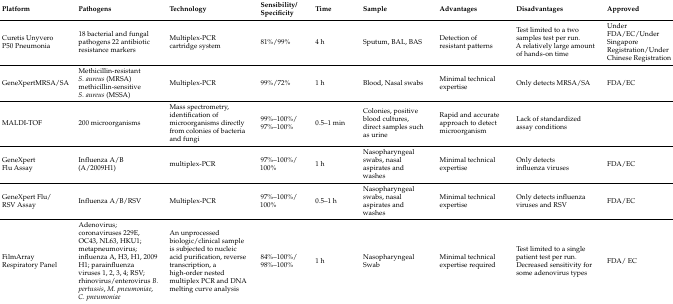
<table><thead><tr><td><b>Platform</b></td><td><b>Pathogens</b></td><td><b>Technology</b></td><td><b>Sensibility/Specificity</b></td><td><b>Time</b></td><td><b>Sample</b></td><td><b>Advantages</b></td><td><b>Disadvantages</b></td><td><b>Approved</b></td></tr></thead><tbody><tr><td>Curetis Unyvero P50 Pneumonia</td><td>18 bacterial and fungal pathogens 22 antibiotic resistance markers</td><td>Multiplex-PCR cartridge system</td><td>81%/99%</td><td>4 h</td><td>Sputum, BAL, BAS</td><td>Detection of resistant patterns</td><td>Test limited to a two samples test per run. A relatively large amount of hands-on time</td><td>Under FDA/EC/Under Singapore Registration/Under Chinese Registration</td></tr><tr><td>GeneXpertMRSA/SA</td><td>Methicillin-resistant <i>S. aureus</i> (MRSA) methicillin-sensitive <i>S. aureus</i> (MSSA)</td><td>Multiplex-PCR</td><td>99%/72%</td><td>1 h</td><td>Blood, Nasal swabs</td><td>Minimal technical expertise</td><td>Only detects MRSA/SA</td><td>FDA/EC</td></tr><tr><td>MALDI-TOF</td><td>200 microorganisms</td><td>Mass spectrometry, identification of microorganisms directly from colonies of bacteria and fungi</td><td>99%–100%/97%–100%</td><td>0.5–1 min</td><td>Colonies, positive blood cultures, direct samples such as urine</td><td>Rapid and accurate approach to detect microorganism</td><td>Lack of standardized assay conditions</td><td></td></tr><tr><td>GeneXpert Flu Assay</td><td>Influenza A/B (A/2009H1)</td><td>multiplex-PCR</td><td>97%–100%/100%</td><td>1 h</td><td>Nasopharyngeal swabs, nasal aspirates and washes</td><td>Minimal technical expertise</td><td>Only detects influenza viruses</td><td>FDA/EC</td></tr><tr><td>GeneXpert Flu/RSV Assay</td><td>Influenza A/B/RSV</td><td>Multiplex-PCR</td><td>97%–100%/100%</td><td>0.5–1 h</td><td>Nasopharyngeal swabs, nasal aspirates and washes</td><td>Minimal technical expertise</td><td>Only detects influenza viruses and RSV</td><td>FDA/EC</td></tr><tr><td>FilmArray Respiratory Panel</td><td>Adenovirus; coronaviruses 229E, OC43, NL63, HKU1; metapneumovirus; influenza A, H3, H1, 2009 H1; parainfluenza viruses 1, 2, 3, 4; RSV; rhinovirus/enterovirus <i>B. pertussis</i>, <i>M. pneumoniae</i>, <i>C. pneumoniae</i></td><td>An unprocessed biologic/clinical sample is subjected to nucleic acid purification, reverse transcription, a high-order nested multiplex PCR and DNA melting curve analysis</td><td>84%–100%/98%–100%</td><td>1 h</td><td>Nasopharyngeal Swab</td><td>Minimal technical expertise required</td><td>Test limited to a single patient test per run. Decreased sensitivity for some adenovirus types</td><td>FDA/ EC</td></tr></tbody></table>